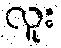
လူး